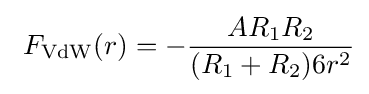
\ F_{\rm {VdW}}(r)=-{\frac {AR_{1}R_{2}}{(R_{1}+R_{2})6r^{2}}}